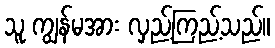
သူ ကျွန်မအား လှည့်ကြည့်သည်။